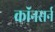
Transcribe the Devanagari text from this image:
कॉनसर्न